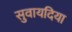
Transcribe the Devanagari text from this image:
सुवायदिया